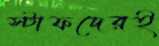
স্টাফদেরই